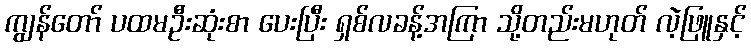
ကျွန်တော် ပထမဦးဆုံးစာ ပေးပြီး ရှစ်လခန့်အကြာ သို့တည်းမဟုတ် လဲ့ဖြူနှင့်